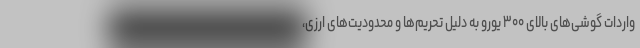
واردات گوشی‌های بالای ۳۰۰ یورو به دلیل تحریم‌ها و محدودیت‌های ارزی،